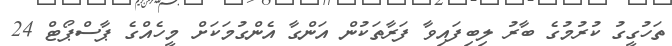
ތަހުގީގު ކުރުމުގެ ބާރު ލިބިފައިވާ ފަރާތަކުން އަންގާ އެންގުމަކަށް މީހެއްގެ ޕާސްޕޯޓް 24